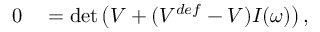
\begin{array} { r l } { 0 } & { { } = \operatorname* { d e t } \left( V + ( V ^ { d e f } - V ) I ( \omega ) \right) , } \end{array}